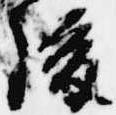
後